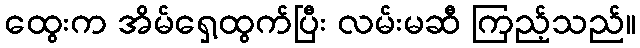
ထွေးက အိမ်ရှေ့ထွက်ပြီး လမ်းမဆီ ကြည့်သည်။